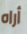
أراه